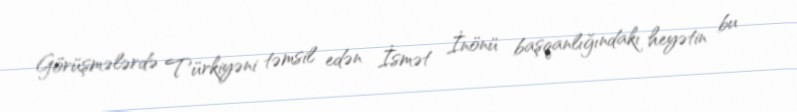
Görüşmələrdə Türkiyəni təmsil edən İsmət İnönü başqanlığındakı heyətin bu